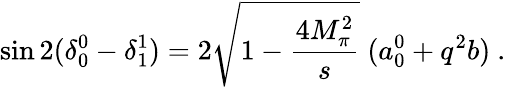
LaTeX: \sin{2(\delta_{0}^{0}-\delta_{1}^{1})}=2\sqrt{1-\displaystyle\frac{4M_{\pi}^{2}}{s}}\; (a_{0}^{0}+q^{2}b)~.